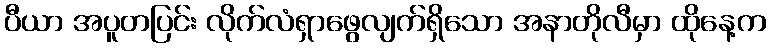
ပီယာ အပူတပြင်း လိုက်လံရှာဖွေလျက်ရှိသော အနာတိုလီမှာ ထိုနေ့က